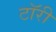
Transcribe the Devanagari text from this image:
टॉरी